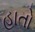
હાતો